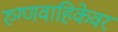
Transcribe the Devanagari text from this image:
रुग्णवाहिकेवर